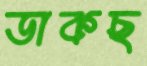
ডাকছ